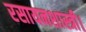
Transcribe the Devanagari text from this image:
रसायनशास्त्री।